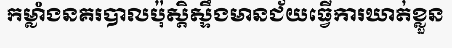
កម្លាំងនគរបាលប៉ុស្តិស្ទឹងមានជ័យធ្វើការឃាត់ខ្លួន